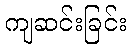
ကျဆင်းခြင်း